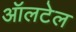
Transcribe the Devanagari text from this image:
ऑलटेल